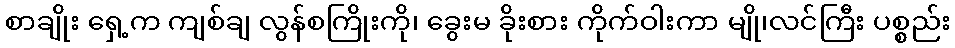
စာချိုး ရှေ့က ကျစ်ချ လွန်စကြိုးကို၊ ခွေးမ ခိုးစား ကိုက်ဝါးကာ မျို၊လင်ကြီး ပစ္စည်း